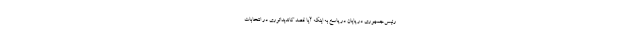
رئیس‌جمهوری در پایان در پاسخ به اینکه آیا قصد کاندیداتوری در انتخابات